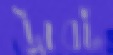
ট্রাবট